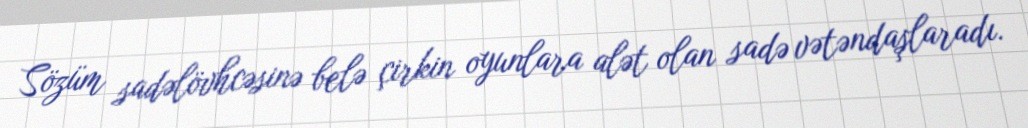
Sözüm sadəlövhcəsinə belə çirkin oyunlara alət olan sadə vətəndaşlaradı.